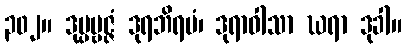
၃၀၂။ ဒုပ္ပဗ္ဗဇ္ဇံ ဒုရဘိရမံ၊ ဒုရာဝါသာ ဃရာ ဒုခါ။